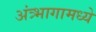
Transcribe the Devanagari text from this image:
अंत्र्भागामध्ये